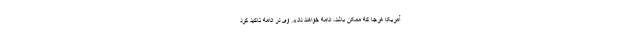
آمریکا هرجا که ممکن باشد،‌ ادامه خواهند داد». وی در ادامه تاکید کرد